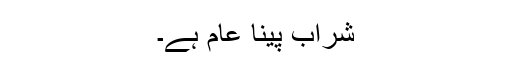
شراب پینا عام ہے۔